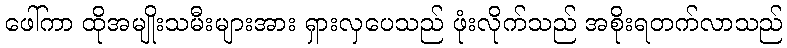
ဖေါ်ကာ ထိုအမျိုးသမီးများအား ရှားလှပေသည် ဖုံးလိုက်သည် အစိုးရတက်လာသည်